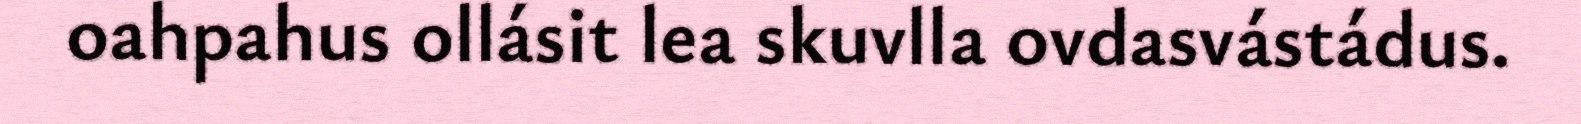
oahpahus ollásit lea skuvlla ovdasvástádus.